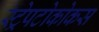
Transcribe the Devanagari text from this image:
स्ट्रेपटोकोकस